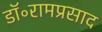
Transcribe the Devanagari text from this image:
डॉ॰रामप्रसाद